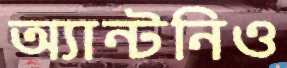
অ্যান্টনিও